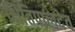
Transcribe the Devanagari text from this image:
क्षितिपालदेव